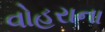
વોહરાના